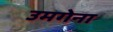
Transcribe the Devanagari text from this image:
उमगेना